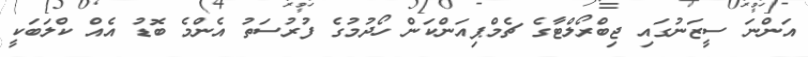
އަންނަ ސީޒަނުގައި ޖިބްރޯލްޓާގެ ޗެމްޕިއަންކަން ހޯދުމުގެ ފުރުސަތު އެންމެ ބޮޑު އެއް ކްލަބަކީ